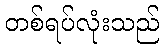
တစ်ရပ်လုံးသည်